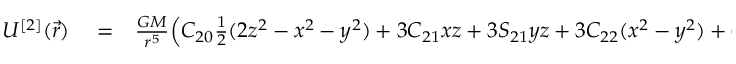
\begin{array} { r l r } { U ^ { [ 2 ] } ( \vec { r } ) } & { { } = } & { \frac { G M } { r ^ { 5 } } \Big ( C _ { 2 0 } { \textstyle \frac { 1 } { 2 } } ( 2 z ^ { 2 } - x ^ { 2 } - y ^ { 2 } ) + 3 C _ { 2 1 } x z + 3 S _ { 2 1 } y z + 3 C _ { 2 2 } ( x ^ { 2 } - y ^ { 2 } ) + 6 S _ { 2 2 } x y \Big ) . } \end{array}